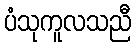
ပံသုကူလသညီ